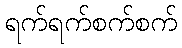
ရက်ရက်စက်စက်